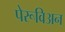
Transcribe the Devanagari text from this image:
पेरूविअन